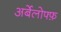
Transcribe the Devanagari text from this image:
अर्बेलोफ्फ़